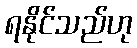
ရနိုင်သည်ဟု